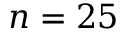
n = 2 5